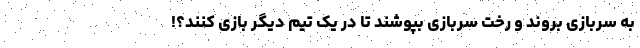
به سربازی بروند و رخت سربازی بپوشند تا در یک تیم دیگر بازی کنند؟!